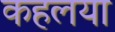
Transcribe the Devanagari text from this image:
कहलया